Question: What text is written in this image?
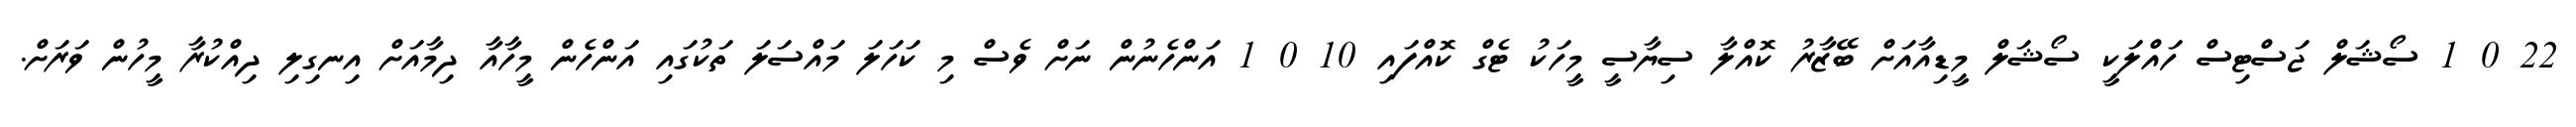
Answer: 22 0 1 ސޯޝަލް ޖަސްޓިސް ހައްލަކީ ސޯޝަލް މީޑިއާއަށް ބޭޒާރު ކޮއްލާ ސިޔާސީ މީހަކު ޓެގް ކޮއްފައި 10 0 1 އަންހެނުން ނަށް ވެސް މި ކަހަލަ މައްސަލަ ތަކުގައި އަންހެން މީހާއާ ދިމާއަށް އިނގިލި ދިއްކުރާ މީހުން ވަރަށް.